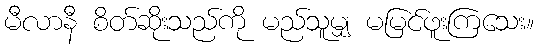
မီလာနီ စိတ်ဆိုးသည်ကို မည်သူမျှ မမြင်ဖူးကြသေး။